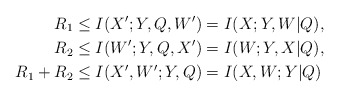
\begin{align*} R_1 &\le I(X';Y,Q,W') = I(X;Y,W|Q),\\ R_2 &\le I(W';Y,Q,X') = I(W;Y,X|Q),\\ R_1 + R_2 &\le I(X',W';Y,Q) = I(X,W;Y|Q)\end{align*}